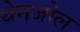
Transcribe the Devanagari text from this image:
थेनजोल